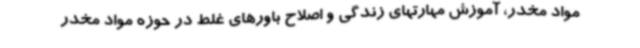
مواد مخدر، آموزش مهارتهای زندگی و اصلاح باورهای غلط در حوزه مواد مخدر